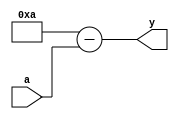
module tens_comp #(parameter tens=4'b1010)(
input [3:0] a,
output  [3:0] y
    );
assign y = tens - a;

endmodule

///////////////Testbench/////////////////////////

module tb_tens_comp;
   reg [3:0] a;
   wire [3:0] y;	
tens_comp t1 (.a(a), .y(y));
   initial
    begin
	 a= 4'b0001;
	 #10;a=4'b0010;
	 #10;a=4'b1000;
	 #10;a=4'b0100;
	 #10; $finish;
	 end  
endmodule